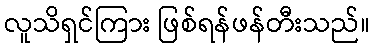
လူသိရှင်ကြား ဖြစ်ရန်ဖန်တီးသည်။